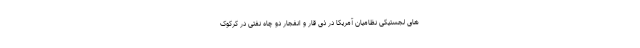
های لجستیکی نظامیان آمریکا در ذی قار و انفجار دو چاه نفتی در کرکوک